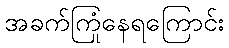
အခက်ကြုံနေရကြောင်း